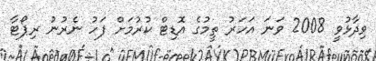
ވިދާޅުވީ 2008 ވަނަ އަހަރު ތީމުގެ އޮޑިޓް ކުރުމަށް ފަހު ނެރުނު ރިޕޯޓާ